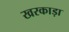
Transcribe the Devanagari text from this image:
खरकाड़ा